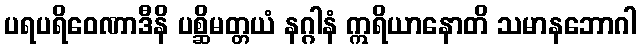
ပရပရိဝေဏာဒီနိ ပစ္ဆိမတ္တယံ နဂ္ဂါနံ ဣရိယာနောတိ သမာနဘောဂါ